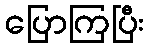
ပြောကြပြီး